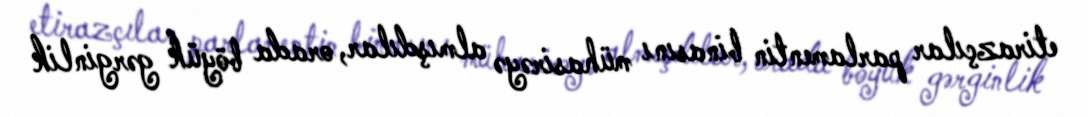
etirazçılar parlamentin binasını mühasirəyə almışdılar, orada böyük gərginlik